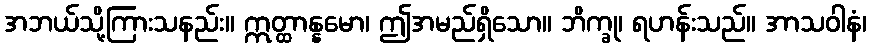
အဘယ်သို့ကြားသနည်း။ ဣတ္ထာန္နမော၊ ဤအမည်ရှိသော။ ဘိက္ခု၊ ရဟန်းသည်။ အာသဝါနံ၊